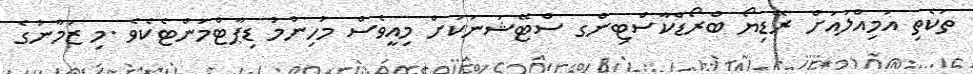
ތަކެތި އަމިއްލައަށް ރޭޑިޔޯ ބްރޯޑްކާސްޓިންގ ސްޓޭޝަނަކަށް މިއީވެސް މުހިންމު ޑިޕާޓްމަންޓެކެވެ .މި ޒަމާނުގެ